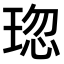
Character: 𤦏